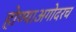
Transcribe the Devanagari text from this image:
होण्याअगोदरच